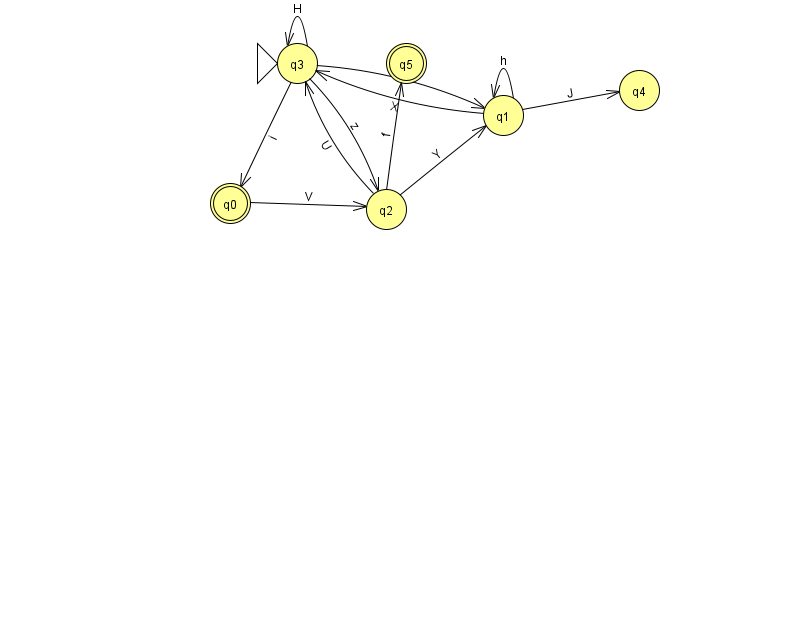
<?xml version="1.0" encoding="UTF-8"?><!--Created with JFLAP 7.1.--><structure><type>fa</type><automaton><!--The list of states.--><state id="0" name="q0"><x>230.0</x><y>190.0</y><final/></state><state id="1" name="q1"><x>503.0</x><y>102.0</y></state><state id="2" name="q2"><x>386.0</x><y>196.0</y></state><state id="3" name="q3"><x>297.0</x><y>50.0</y><initial/></state><state id="4" name="q4"><x>639.0</x><y>77.0</y></state><state id="5" name="q5"><x>406.0</x><y>50.0</y><final/></state><!--The list of transitions.--><transition><from>2</from><to>3</to><read>U</read></transition><transition><from>2</from><to>5</to><read>f</read></transition><transition><from>3</from><to>0</to><read>i</read></transition><transition><from>1</from><to>4</to><read>J</read></transition><transition><from>0</from><to>2</to><read>V</read></transition><transition><from>1</from><to>1</to><read>h</read></transition><transition><from>1</from><to>3</to><read>X</read></transition><transition><from>2</from><to>1</to><read>Y</read></transition><transition><from>3</from><to>1</to><read>H</read></transition><transition><from>3</from><to>3</to><read>H</read></transition><transition><from>3</from><to>2</to><read>z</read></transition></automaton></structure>